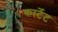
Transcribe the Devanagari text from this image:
कार्टेट